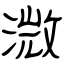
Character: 溦